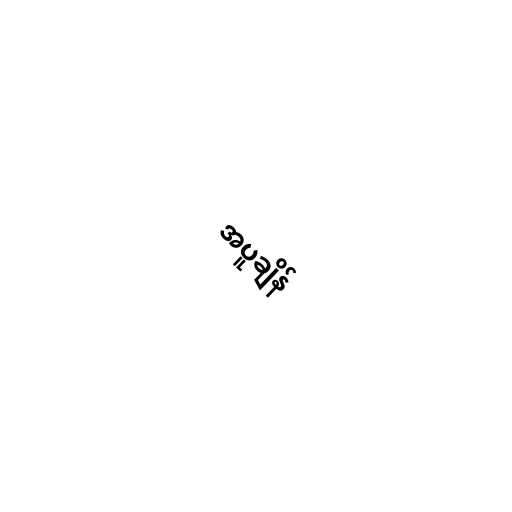
အပူချိန်